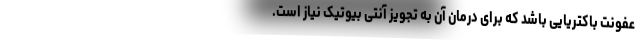
عفونت باکتریایی باشد که برای درمان آن به تجویز آنتی بیوتیک نیاز است.